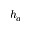
h _ { a }